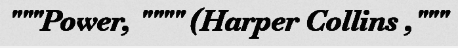
"""Power, """" (Harper Collins ,"""